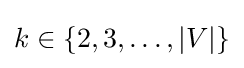
k\in \{2,3,\ldots ,|V|\}